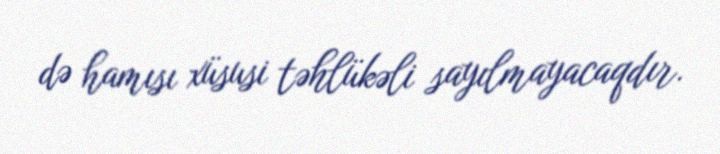
də hamısı xüsusi təhlükəli sayılmayacaqdır.